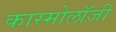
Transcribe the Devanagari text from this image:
कास्मोलॉजी